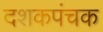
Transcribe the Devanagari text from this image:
दशकपंचक